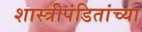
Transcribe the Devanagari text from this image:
शास्त्रीपंडितांच्या